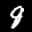
Label: 8